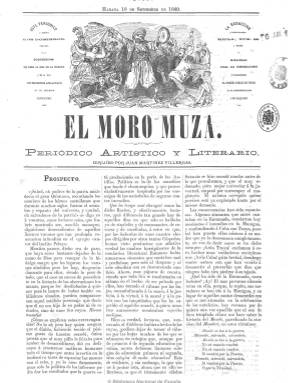
Título: El Moro Muza (1869)
Colección: Revistas satíricas y humorísticas || Literatura
Ámbito geográfico: Cuba
Lugar de publicación: Habana
Fechas: 18/09/1869-18/06/1876

El semanario literario-satírico e ilustrado que el escritor y periodista vallisoletano Juan Martínez Villergas (1817-1894) venía publicando en La Habana desde 1859 va a experimentar un cambio, no en su estructura formal, sino en su carácter ideológico, pues sin renunciar a las “críticas puramente literarias”, se convertirá en adalid entusiasta de la “causa española” contra la primera insurrección anticolonial que un año antes había estallado en la isla, a las dos semanas de triunfar La Gloriosa. Así lo señala el propio Villergas en su prospecto tras regresar de España y tomar de nuevo las riendas de su publicación, el 18 de septiembre 1869. Esta inicia su VII época, apareciendo su primer número el tres de octubre, con el subtítulo de “periódico artístico y literario”.

Sin embargo, desde el domingo, 19 de septiembre, el dibujante bilbaíno Víctor Patricio Landaluze (1830-1889), había empezado a editar de nuevo el semanario Don Junípero, con la misma estructura y siguiendo la numeración de El Moro Muza. La explicación a esta situación anómala la ofrecerá el propio Martínez Villergas en un artículo que publica en su semanario el 14 de noviembre, en el que acusa al propietario de La Propaganda Literaria de haber intentado apropiarse de su cabecera. Aún así, Landeluze ya venía utilizando sus chistes gráficos para imprecar a los independentistas cubanos -tal como expone Rainer Rubira García (2012)- en las propias páginas de El Moro Muza desde que había comenzado la insurrección un año antes.

Claudia Molés Pintor, en su trabajo de investigación llevado a cabo en 2012, bajo el título El Moro Muza: una espada periodística en la Cuba colonial (1859-1877), revisa la fuerte contradicción del inicial liberalismo radical de Villergas con su cambio de ideas a partir del estallido de la Guerra de los Diez Años, a través de un semanario que, desde una óptica actual, se le ha tachado no sólo de “antiseparatista” sino además de “integrista”, y cuyo antifeminismo causará mucha indignación, según Olga López Núñez.

La colección de este título en la Hemeroteca Digital de la Biblioteca Nacional de España alcanza hasta el 18 de junio de 1876, correspondiendo a su época VIII y 16 año de edición, y en 1877 seguía editándose como “semanario festivo”. En la BNE también se puede consultar La quincena del Moro Muza, correspondiente a 1870, cuyo compilador es Villergas, quien también fundará y dirigirá el semanario Don Circunstancias (1879-1884).